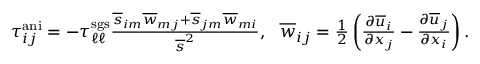
\begin{array} { r } { \tau _ { i j } ^ { \mathrm { a n i } } = - \tau _ { \ell \ell } ^ { \mathrm { s g s } } \frac { \overline { { s } } _ { i m } \overline { { w } } _ { m j } + \overline { { s } } _ { j m } \overline { { w } } _ { m i } } { \overline { { s } } ^ { 2 } } , \ \ \overline { { w } } _ { i j } = \frac { 1 } { 2 } \left( \frac { \partial \overline { { u } } _ { i } } { \partial x _ { j } } - \frac { \partial \overline { { u } } _ { j } } { \partial x _ { i } } \right) . } \end{array}